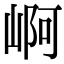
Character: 𡹣